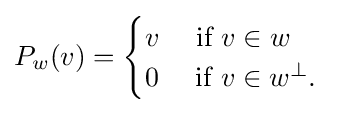
P_{w}(v)={\begin{cases}v\quad {\text{ if }}v\in w\\0\quad {\text{ if }}v\in w^{\perp }.\end{cases}}